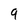
Character: 9